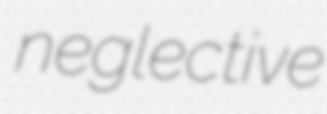
neglective